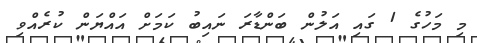
މި މަހުގެ 1 ގައި އަލުން ބަންޑާރަ ނައިބު ކަމަށް އައްޔަން ކުރެއްވި